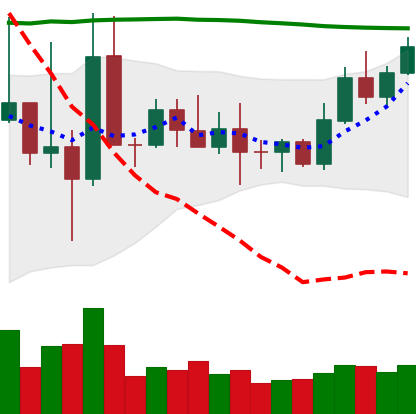
Ticker: TRX-USD
Chart end date: 2022-10-29
Forward return: -3.726%
Label: down_3_5